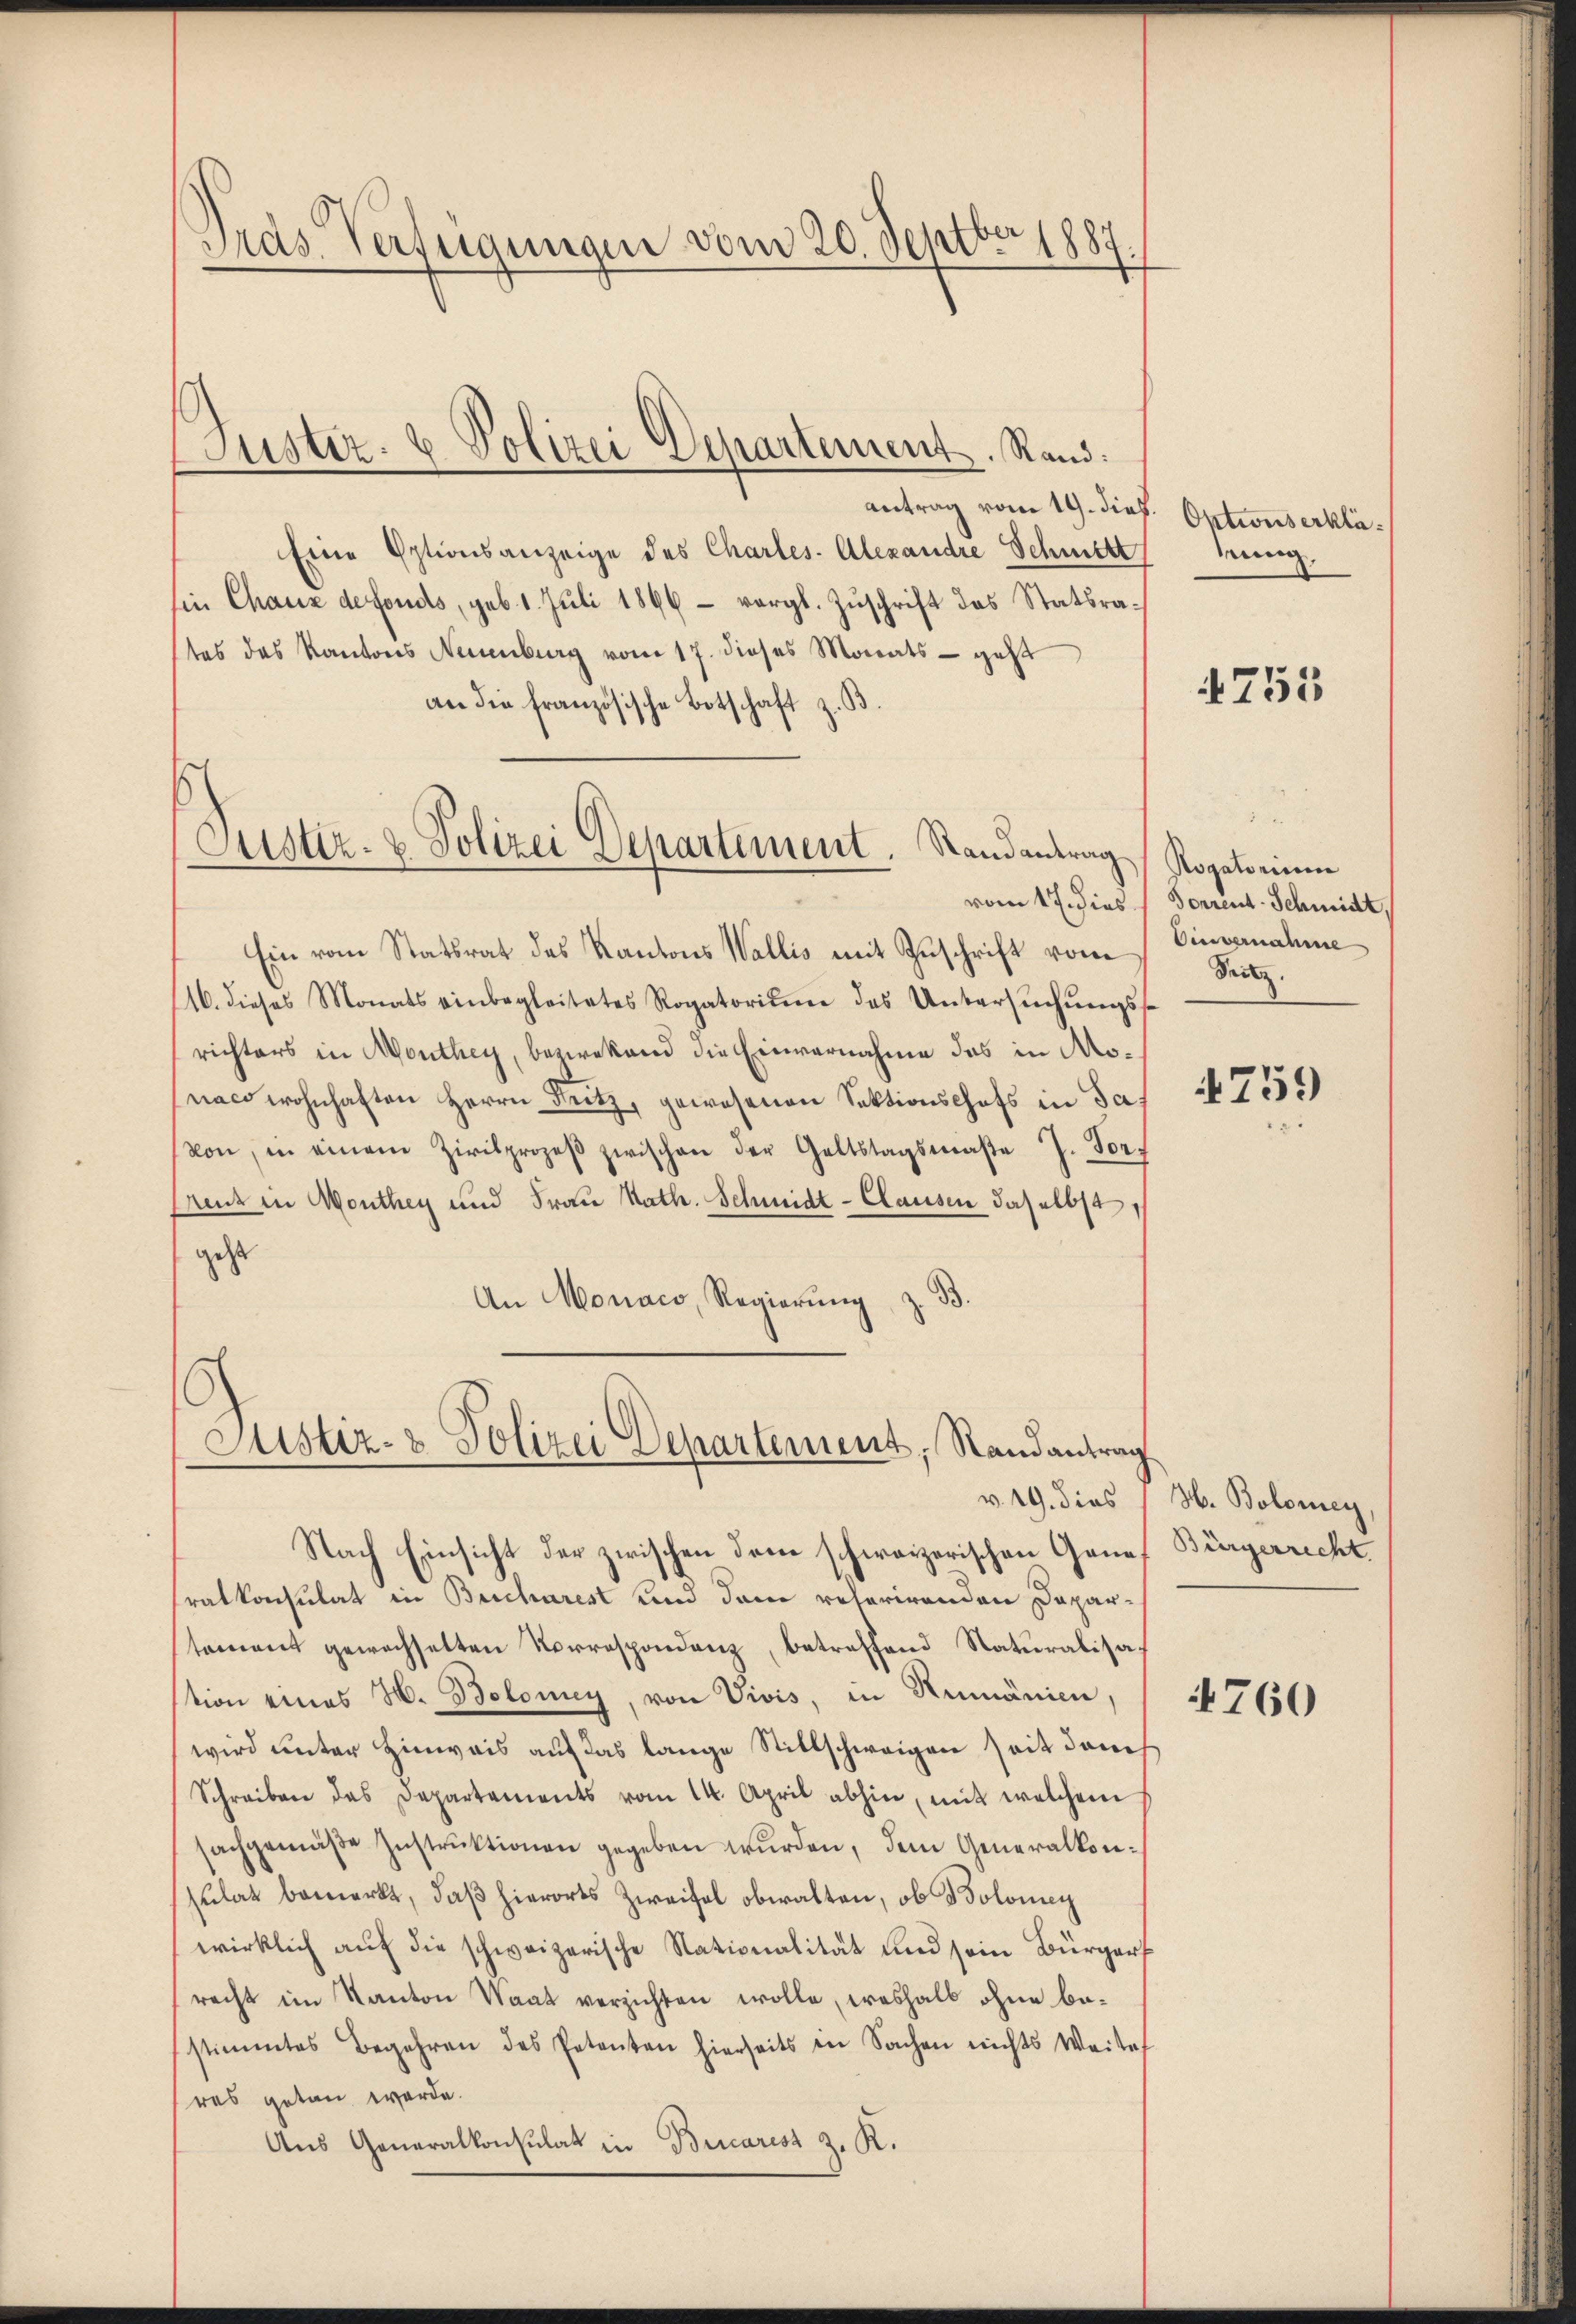
Gras Verfügungen vom 20. Septber 1890

Justiz- & Polizei Departement. Rand:

Justiz- & Polizei Departement. Randantrag Rogatorium

antrag vom 19. dieß
Eine Eptionsanzeige des Chartes. Alexandre Schmitt
sin Chaux defonds, sub. 1. Juli 1896 – vergl. Zuschrift des Statsratas das Kantons Neuenburg vom 17. dieses Monats - geht
an die französische Botschaft z. S
Ein vom Statsrat des Kantons Wallis mit Zuschrift vom Einvernahme
116. dieses Monats einbegleitetes Rogatorium das Untersŭchŭngs-
richters in Monthey, bezwekend die Einvernahme das in Monaco wohnhaften Herrn Fritz, gewesenen Sektionschofs in Javon, in einem Zivilprozeβ zwischen der Geltstagsmaße 7. Vor¬
Creuz in Monthey und Frau Kath. Schmidt-Clausen daselbst,
geht
.
An Monaco, Regierŭng, z.

Justiz- & Polizei Departement, Randantrag.

Optius erkläung.

vom 17. dies  Forrent-Schmidt,
Pritz.

Nach Einsicht der zwischen dem schweizerischen Genf Bürgerrecht
ratkonsulat in Bucharest und dem referirenden Depar-
toment gewachselten Norrespondenz, betreffend Naturalisation eines H. Boloney, von Vivis, in Rumänien,
wird unter Hinweis auf das lange Stillschweigen seit danch
Schreiben des Departements vom 14. April abhin, mit welchem
sachgemäβe Instrŭktionen gegeben wurden, dem Generalkonsulat bemerkt, daß hierorts Zweifel obwalten, ob Bolomey
wirklich auf die schweizerische Nationalität und sein Bürger
recht im Kanton Waat verzichten wolle, weshalb ohne bestimmtes Begehren des Petenten hierseits in Sachen nichts Weitet
sres getan werde.
Aus Generalkonsulat in Bucarest z. R.

v. 19. dies H. Bolomey

751

4759

4760